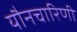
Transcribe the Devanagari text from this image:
यौनचारिणी